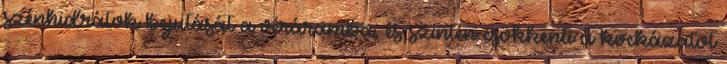
szénhidrátok bejutását a véráramba, és szintén csökkenti a kockázatot